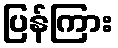
ပြန်ကြား